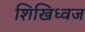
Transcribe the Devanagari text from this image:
शिखिध्वज